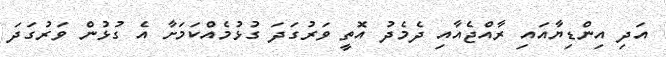
އަދި އިންޑިޔާއައި ރާއްޖެއާއި ދެމެދު އޮތީ ވަރުގަދަ ގުޅުމެއްކަމަށާ އެ ގުޅުން ވަރުގަދަ